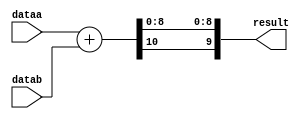
module signed_add
#(parameter WIDTH=10)
(
	input signed [WIDTH-1:0] dataa,
	input signed [WIDTH-1:0] datab,
	output [WIDTH-1:0] result
);

wire [WIDTH:0] temp_result;

assign temp_result = dataa + datab;

assign result = {temp_result[WIDTH], temp_result[WIDTH-2:0]};


endmodule